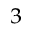
_ 3